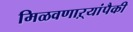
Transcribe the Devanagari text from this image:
मिळवणाऱ्यांपैकी